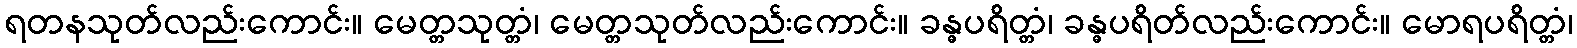
ရတနသုတ်လည်းကောင်း။ မေတ္တသုတ္တံ၊ မေတ္တသုတ်လည်းကောင်း။ ခန္ဓပရိတ္တံ၊ ခန္ဓပရိတ်လည်းကောင်း။ မောရပရိတ္တံ၊